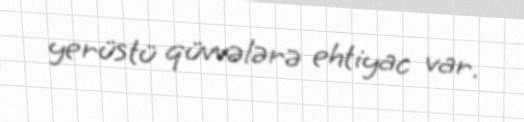
yerüstü qüvvələrə ehtiyac var.